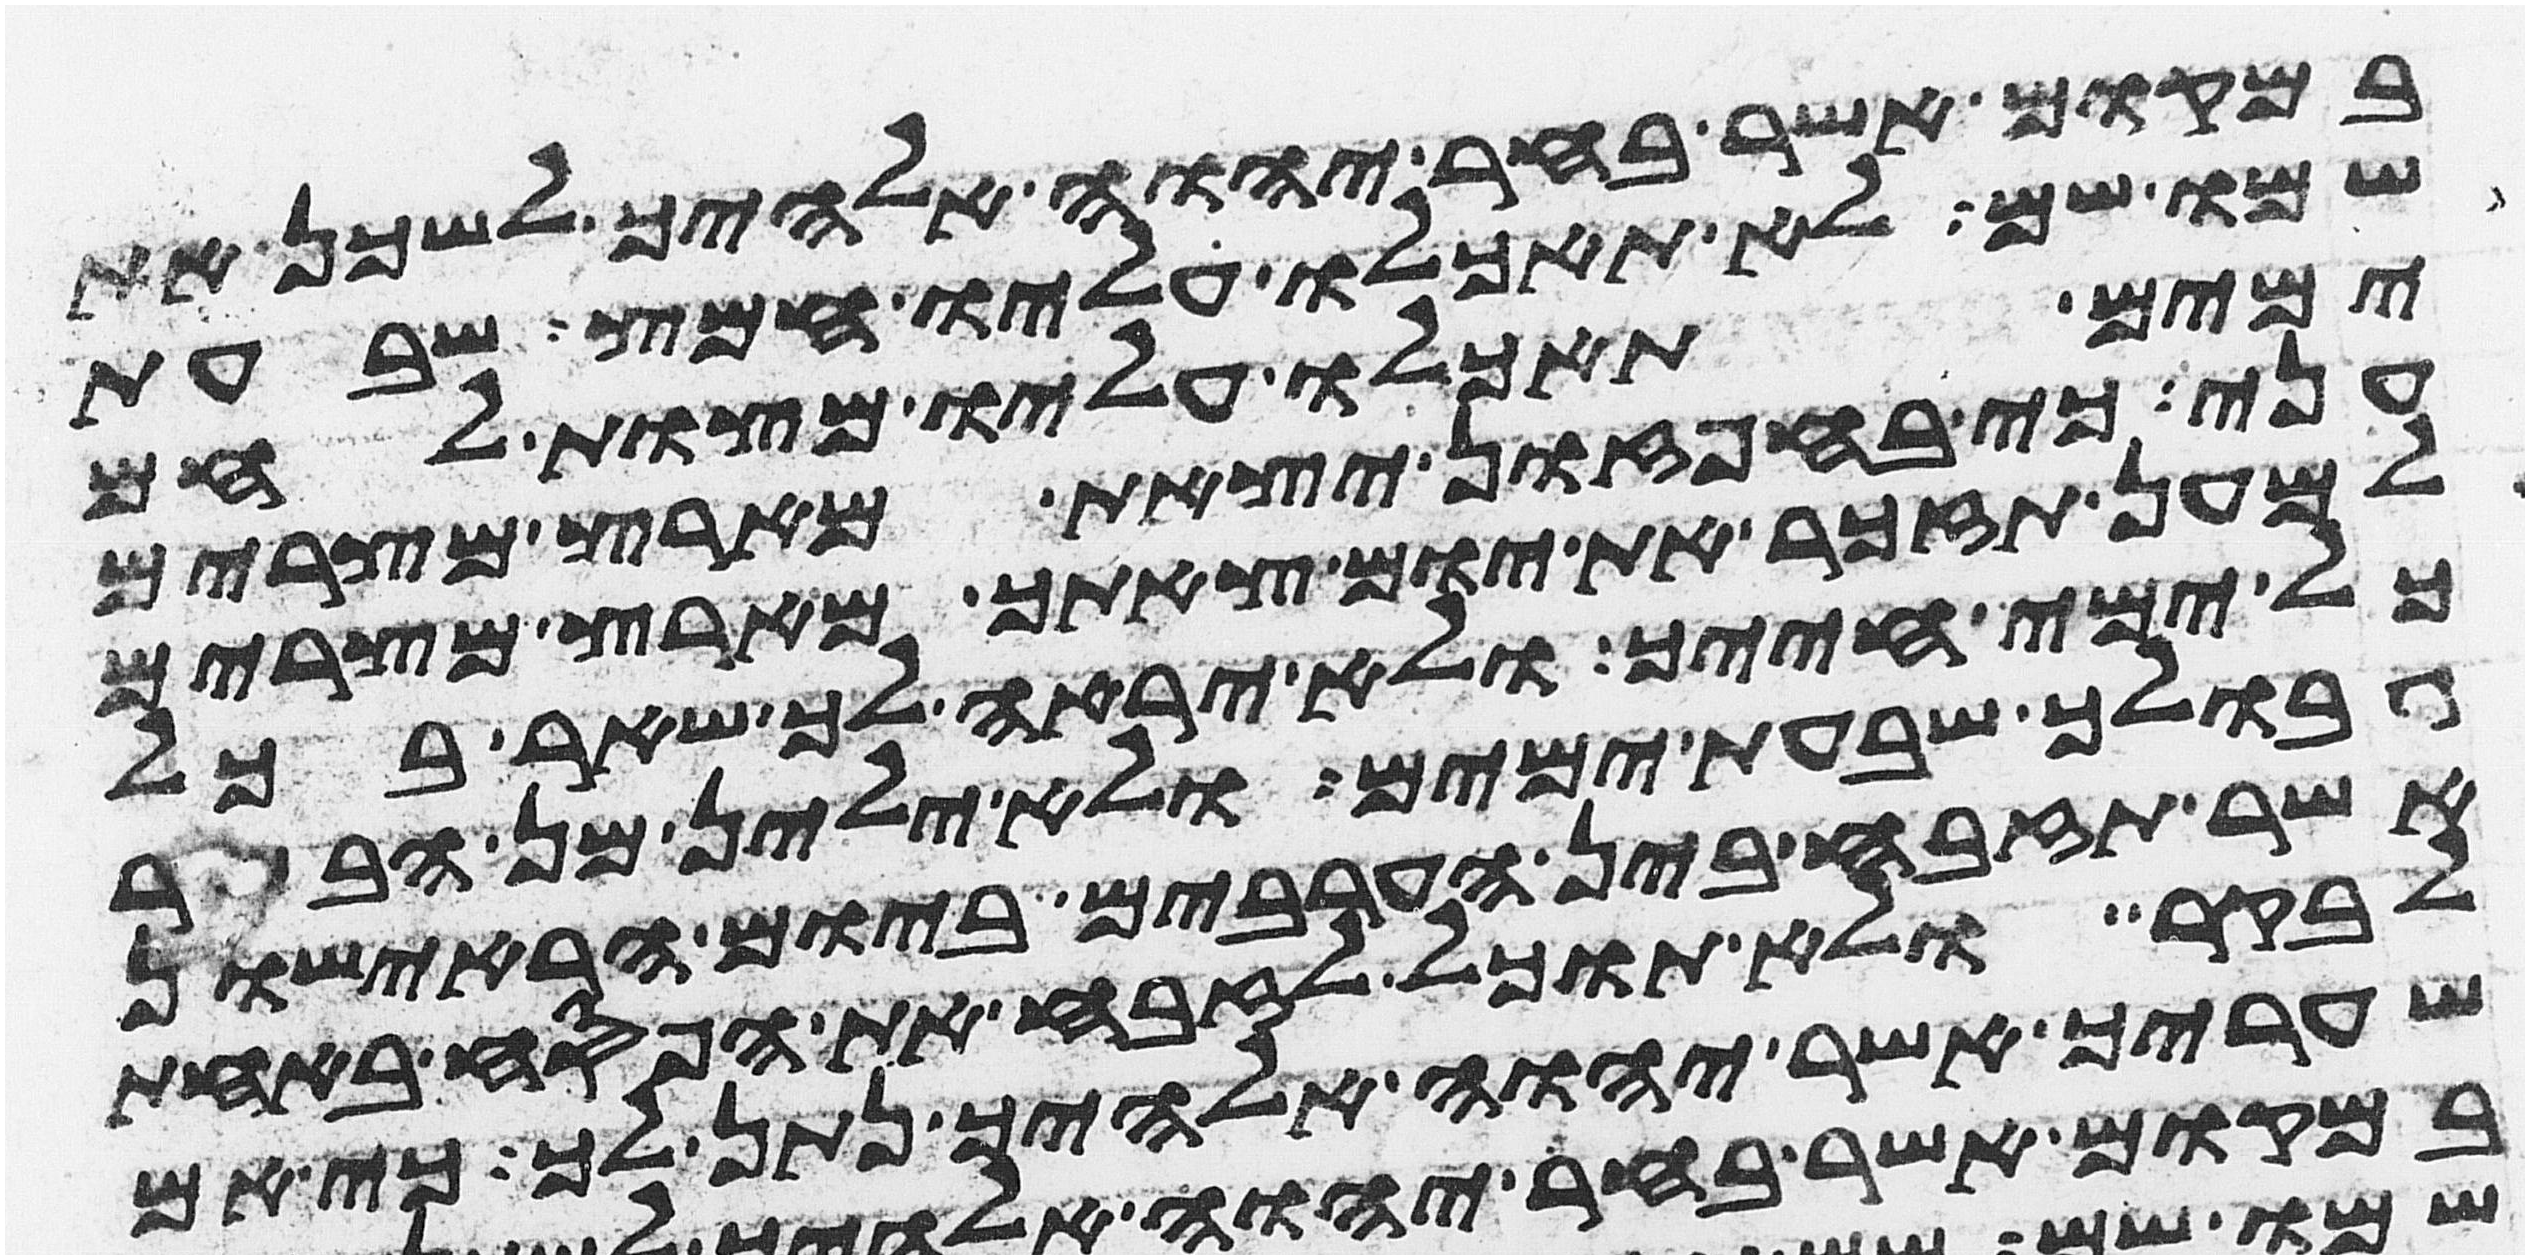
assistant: במקום אשר בחר יהוה אלהיך לשכן את
שמו שם לא תאכלו עליו חמץ שבעת
ימים תאכלו עליו מצות לחם
עני כי בחפזון יצאת מארץ מצרים
למען תזכר את יום צאתך מארץ מצרים
כל ימי חייך ולא יראה לך שאר בכל
גבולך שבעת ימים ולא ילין מן הבשר
אשר תזבח בין הערבים ביום הראישון
לבקר ולא תוכל לזבח את הפסח באחת
שעריך אשר יהוה אלהיך נתן לך כי אם